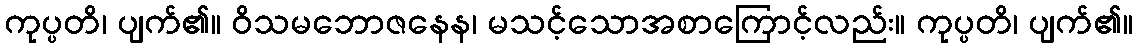
ကုပ္ပတိ၊ ပျက်၏။ ဝိသမဘောဇနေန၊ မသင့်သောအစာကြောင့်လည်း။ ကုပ္ပတိ၊ ပျက်၏။